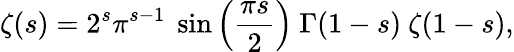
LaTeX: \zeta(s)=2^{s}\pi^{s-1}\ \sin\left({\frac{\pi s}{2}}\right)\ \Gamma(1-s)\ \zeta(1-s),